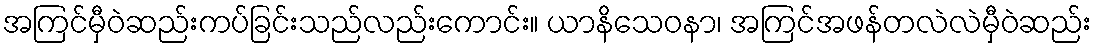
အကြင်မှီဝဲဆည်းကပ်ခြင်းသည်လည်းကောင်း။ ယာနိသေဝနာ၊ အကြင်အဖန်တလဲလဲမှီဝဲဆည်း